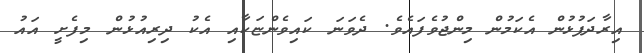
އިރާދަފުޅުން އެކަމުން މިންޖުވެފައެވެ. ދެވަނަ ކައިވެންޏަކާއި އެކު ދިރިއުޅުން މިފެށީ އައު